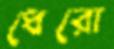
ধেরো